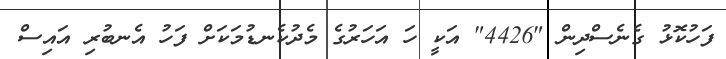
ފަހުކޮޅު ގެނެސްދިން "4426" އަކީ ހަ އަހަރުގެ މެދުކެނޑުމަކަށް ފަހު އެނބުރި އައިސް